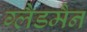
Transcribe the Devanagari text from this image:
ग्लैडमैन